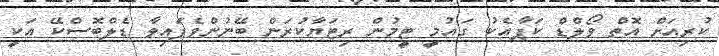
ކުރިއަށް އޮތް ވޯލްޑް ކަޕާއެކު ގައުމީ ޓީމުން ރިޓަޔާކުރަން ބޭނުންވެފައިވާ ޑެލްބޮސްކޭ އަކީ